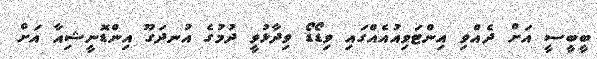
ބީބީސީ އަަށް ދެއްވި އިންޓަވިއުއެއްގައި ވިޑޯޑޯ ވިދާޅުވީ ދުމުގެ އުނދަގޫ އިންޑޮނީޝިއާ އަށް